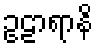
ဥဠာရာနိ